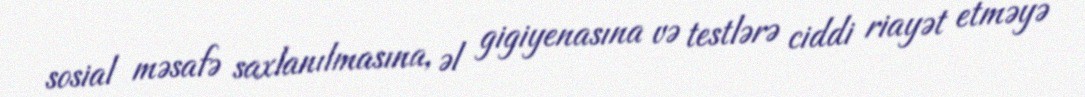
sosial məsafə saxlanılmasına, əl gigiyenasına və testlərə ciddi riayət etməyə